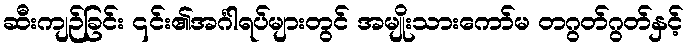
ဆီးကျဉ်ခြင်း ၎င်း၏အင်္ဂါရပ်များတွင် အမျိုးသားကော်မ တဂွတ်ဂွတ်နှင့်